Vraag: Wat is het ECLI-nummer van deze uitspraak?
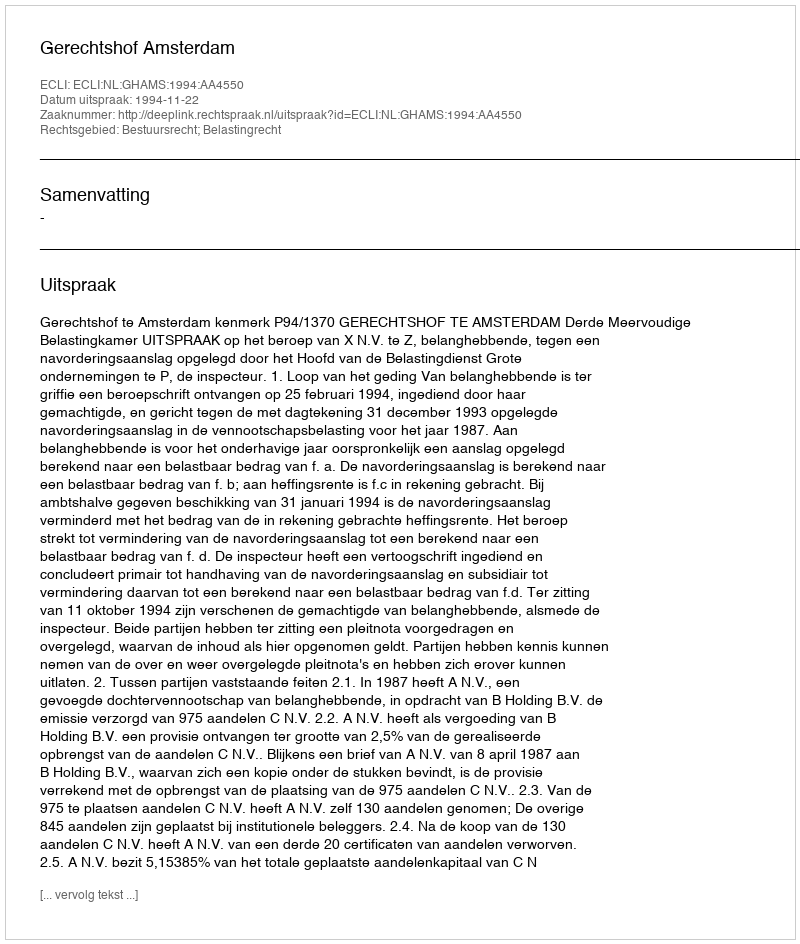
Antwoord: ECLI:NL:GHAMS:1994:AA4550